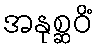
အနုစ္ဆဝိံ